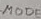
Text: MODE